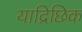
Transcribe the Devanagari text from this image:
याद्रिछिक